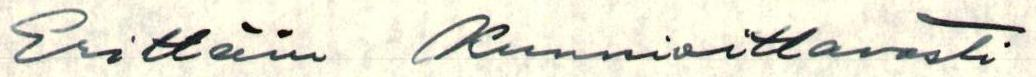
Erittäin Kunnioittavasti